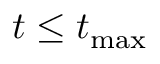
t \leq t _ { \mathrm { m a x } }